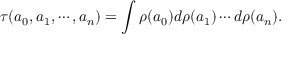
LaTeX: \tau ( a _ { 0 } , a _ { 1 } , \cdots , a _ { n } ) = \int \rho ( a _ { 0 } ) d \rho ( a _ { 1 } ) \cdots d \rho ( a _ { n } ) .